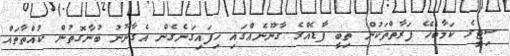
ސިޓީގެ ކަމާބެހޭ ފަރާތްތަކުން ތިބީ ފާޑެއްގެ ގާނޫނެއްގައި ހިފައިގަނެގެން އެގާނޫނު ބުނާގޮތުން ކުއްތާތައް